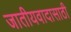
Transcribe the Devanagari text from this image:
जातीयवादासाठी